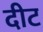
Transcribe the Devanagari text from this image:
दीट